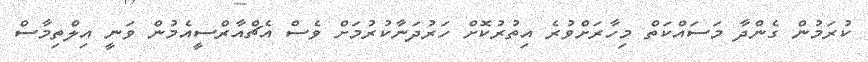
ކުރަމުން ގެންދާ މަސައްކަތް މިހާރަށްވުރެ އިތުރުކޮށް ހަރުދަނާކުރުމަށް ވެސް އެޗްއާރްސީއެމުން ވަނީ އިލްތިމާސް